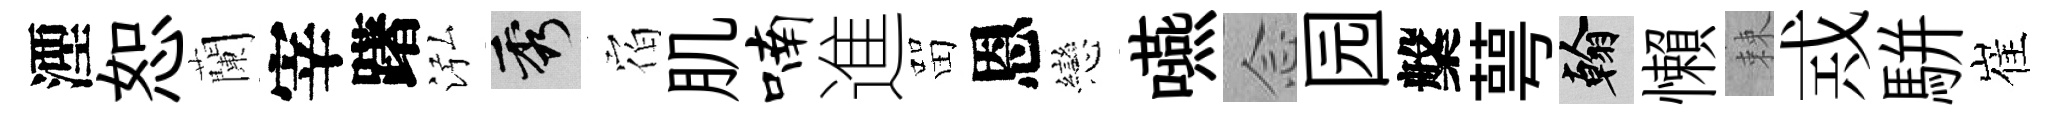
湮恕蘭宰躇泓秀𪧐肌喃進㽞恩戀嚥𫝹园槃萼翰懶棘𢦶駢崔